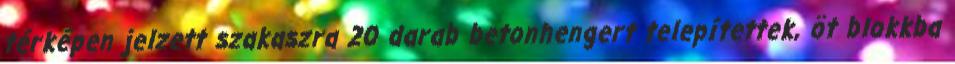
térképen jelzett szakaszra 20 darab betonhengert telepítettek, öt blokkba